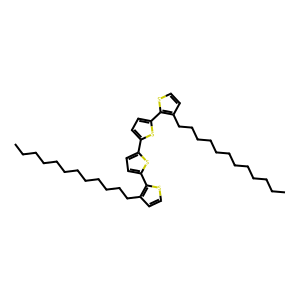
SMILES: CCCCCCCCCCCCc1ccsc1-c1ccc(-c2ccc(-c3sccc3CCCCCCCCCCCC)s2)s1
Inhibits HIV replication: No